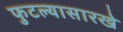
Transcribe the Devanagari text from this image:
फुटल्यासारखे